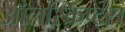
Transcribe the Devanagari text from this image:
ऑलस्क्रिप्ट्स